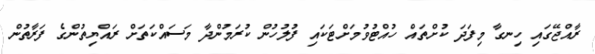
ރާއްޖޭގައި ހިނގާ މިފަދަ ކުށްތައް ހުއްޓުވުމަށްޓަކައި ފުލުހުން ކުރަމުންދާ މަސައްކަތަށް ރައްޔިތުންގެ ފަރާތުން